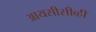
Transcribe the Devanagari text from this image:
आयसीसीव्ही